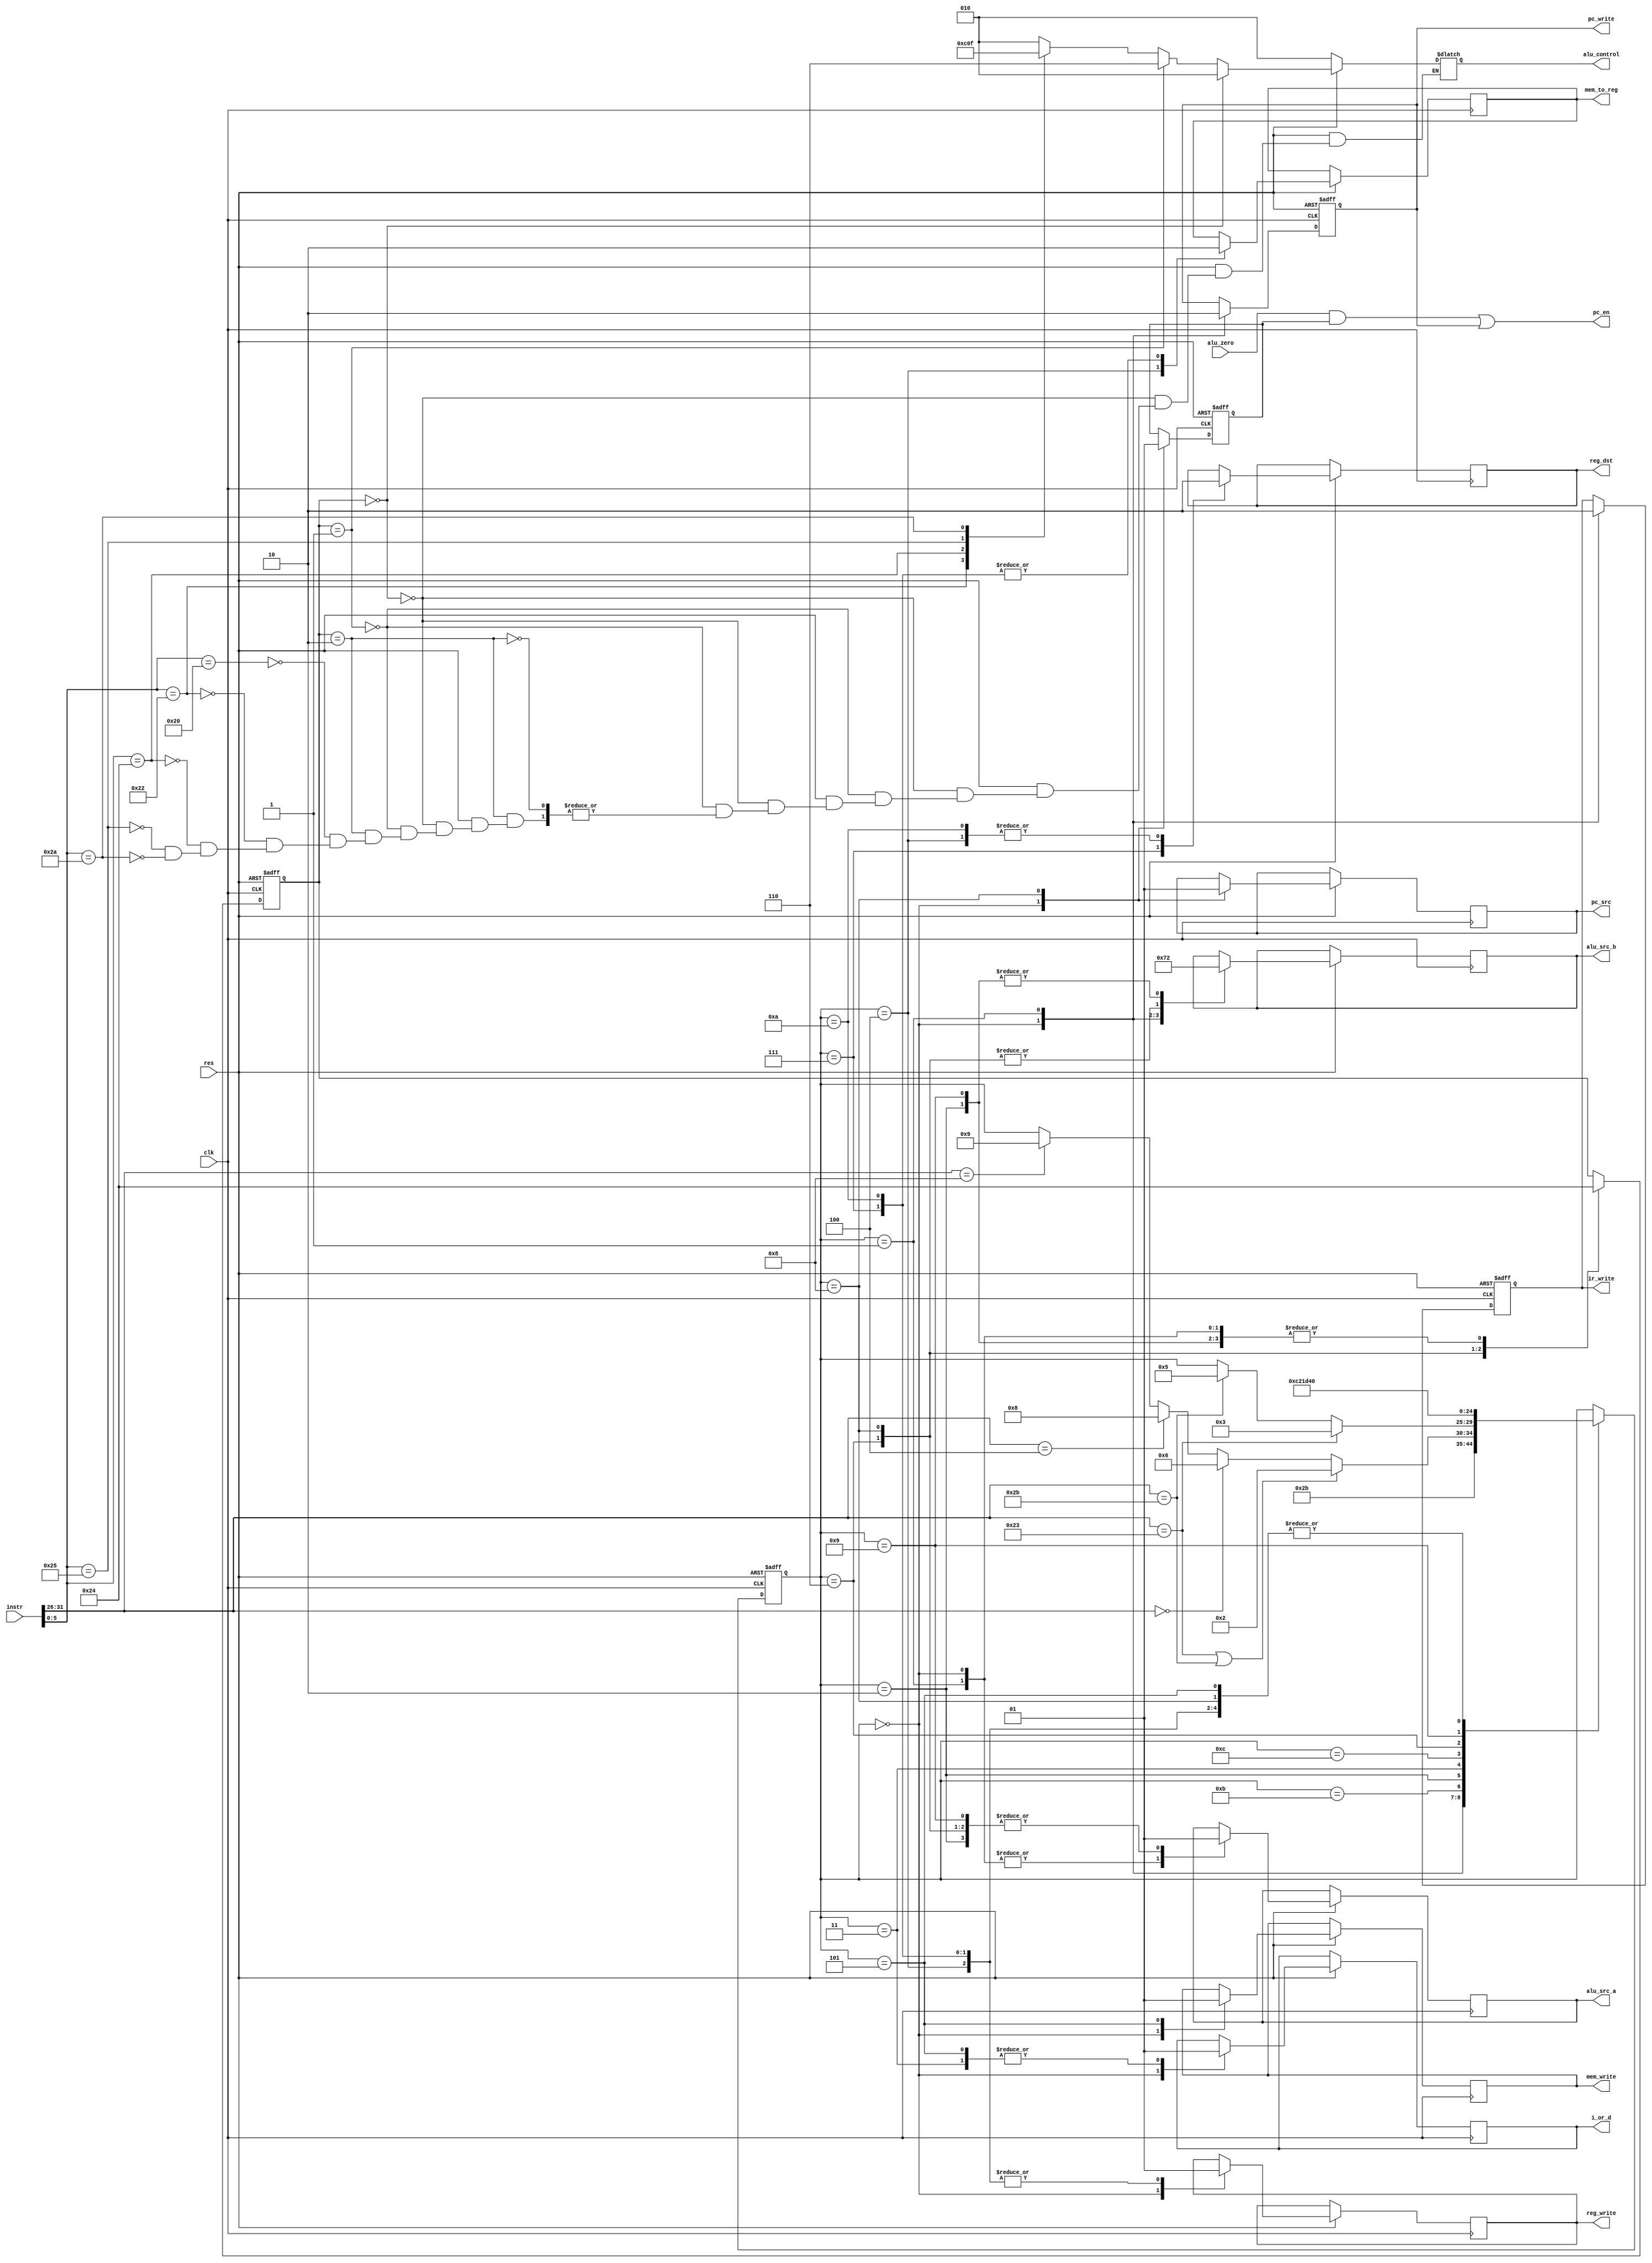
module control_unit(
	input [31:0] instr,
  input        clk,
  input        res,
  input        alu_zero,
  output reg   mem_to_reg, reg_dst,
  output reg   i_or_d, pc_src, alu_src_a,
  output reg   [1:0] alu_src_b,
  output reg   ir_write, mem_write, pc_write,
  output       pc_en,
  output reg   reg_write,
  output reg   [2:0] alu_control
);

//Name of states
localparam FETCH = 5'd0;
localparam DECODE = 5'd1;
localparam MEM_ADR = 5'd2;
localparam MEM_RD = 5'd3;
localparam MEM_WR_BC = 5'd4;
localparam MEM_WR = 5'd5;
localparam EXECUTE = 5'd6;
localparam ALU_WR_BC = 5'd7;
localparam BRANCH = 5'd8;
localparam ADDI_EXECUTE = 5'd9;
localparam ADDI_WR_BC = 5'd10;
localparam IDLE = 5'd11;
localparam LW_WAIT = 5'd12;
//opcodec
localparam LW   = 6'b100011;
localparam SW   = 6'b101011;
localparam R_T  = 6'b000000;
localparam BEQ  = 6'b000100;
localparam ADDI = 6'b001000;
//alu_control values
localparam A_ADD = 3'b010;
localparam A_SUB = 3'b110;
localparam A_AND = 3'b000;
localparam A_OR = 3'b001;
localparam A_SLT = 3'b111;
//funct
localparam F_ADD = 6'b100000;
localparam F_SUB = 6'b100010;
localparam F_AND = 6'b100100;
localparam F_OR = 6'b100101;
localparam F_SLT = 6'b101010;

reg [4:0] state, n_state;
reg [1:0] alu_op;
reg branch;

wire [5:0] opcode, funct;
assign opcode = instr [31:26];
assign funct = instr [5:0];

always@(posedge clk or negedge res)
if(!res)
	state <= FETCH;
 else
 	state <= n_state;
  
always@*
begin:main_fsm
n_state = state;
case(state)//synthesis parallel_case
	FETCH : n_state = DECODE;
  DECODE: n_state = IDLE;
  IDLE:begin
          if((opcode == LW) | (opcode == SW))
            n_state = MEM_ADR;
          else if(opcode == R_T)
            n_state = EXECUTE;
          else if(opcode == BEQ)
            n_state = BRANCH;    
          else if(opcode == ADDI)
            n_state = ADDI_EXECUTE;
  end
  MEM_ADR: begin
    if(opcode == LW)
      n_state = MEM_RD;
    else if(opcode == SW)
      n_state = MEM_WR;	  	
  end
  
  MEM_RD: 	 		n_state = LW_WAIT;
  LW_WAIT:			n_state = MEM_WR_BC;
  MEM_WR_BC: 		n_state = FETCH;
  MEM_WR:		 		n_state = FETCH;
  EXECUTE: 	 		n_state = ALU_WR_BC;
  ALU_WR_BC:		n_state = FETCH;
  BRANCH:		 		n_state = FETCH;
  ADDI_EXECUTE:	n_state = ADDI_WR_BC;
  ADDI_WR_BC:		n_state = FETCH;
endcase
end //main_fsm

always@(posedge clk or negedge res)
begin:seq_out
	if(!res)begin
  	alu_op   <= 2'b00;
    ir_write <= 1'b0;
    pc_write <= 1'b0;
    branch   <= 1'b0;
  end
  else 
  	case(state)
    	FETCH: begin
      	i_or_d 		<= 1'b0;
        alu_src_a <= 1'b0;
        alu_src_b <= 2'b01;
        alu_op 		<= 2'b00;
        pc_src 		<= 1'b0;
        
        ir_write 	<= 1'b1;
        pc_write 	<= 1'b1;
        reg_write <= 1'b0;
        mem_write <= 1'b0;
        branch 		<= 1'b0;
      end
      DECODE:begin
      	alu_src_a <= 1'b0;
        alu_src_b <= 2'b11;
        alu_op 		<= 2'b00;//?
        ir_write  <= 1'b0;
        pc_write  <= 1'b0;
      end
      MEM_ADR:begin
      	alu_src_a <= 1'b1;
        alu_src_b <= 2'b10;
        alu_op 		<= 2'b00;
      end
      MEM_RD:begin
      	i_or_d <= 1'b1;	
      end
      MEM_WR_BC:begin
      	reg_dst 	 <= 1'b0;
        mem_to_reg <= 1'b1;
        reg_write  <= 1'b1;
      end
      MEM_WR:begin
      	i_or_d 		<= 1'b1;
				mem_write <= 1'b1;        
      end
      EXECUTE:begin
      	alu_src_a <= 1'b1;
        alu_src_b <= 2'b00;
        alu_op 		<= 2'b10;
      end
      ALU_WR_BC:begin
      	reg_dst 	 <= 1'b1;
        mem_to_reg <= 1'b0;
        reg_write  <= 1'b1;
      end
      BRANCH:begin
      	alu_src_a <= 1'b1;
        alu_src_b <= 2'b00;
        alu_op 		<= 2'b01;
        pc_src 		<= 1'b1;
        branch 		<= 1'b1;
      end
      ADDI_EXECUTE:begin
      	alu_src_a <= 1'b1;
        alu_src_b <= 2'b10;
        alu_op 		<= 2'b00;
      end
      ADDI_WR_BC:begin
      	reg_dst 	 <= 1'b0;
        mem_to_reg <= 1'b0;
        reg_write  <= 1'b1;
      end
      
    endcase
end//seq_out

 
 
always@*
begin:alu_decoder
  if(!res)
    alu_control = A_ADD;
  else begin
    if(alu_op == 2'b00)
      alu_control = A_ADD;
    else if(alu_op == 2'b01)
      alu_control =A_SUB;
    else if(alu_op == 2'b10)
    begin
    	case(funct)
      	F_ADD:alu_control = A_ADD;
        F_SUB:alu_control = A_SUB;
        F_AND:alu_control = A_AND;
        F_OR :alu_control = A_OR;
        F_SLT:alu_control = A_SLT;
      endcase
     end
  end
end//alu_decoder

assign pc_en = (alu_zero & branch) | pc_write;

endmodule